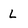
Character: L